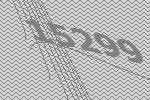
15299